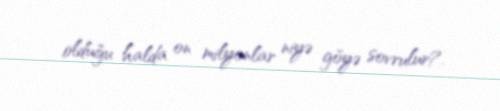
olduğu halda on milyonlar niyə göyə sovrulur?.